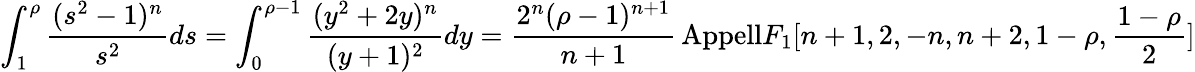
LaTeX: \int_{1}^{\rho}\frac{(s^{2}-1)^{n}}{s^{2}}ds=\int_{0}^{\rho-1}\frac{(y^{2}+2y)^{n}}{(y+1)^{2}}dy=\frac{2^{n}(\rho-1)^{n+1}}{n+1}\, \mathrm{{Appell}}F_{1}[n+1,2,-n,n+2,1-\rho,\frac{1-\rho}{2}]